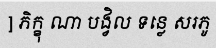
] ភិក្ខុ ណា បង្វិល ទន្លេ សរភូ